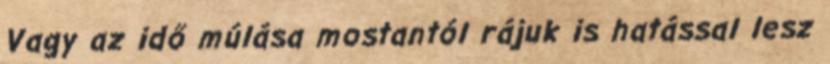
Vagy az idő múlása mostantól rájuk is hatással lesz